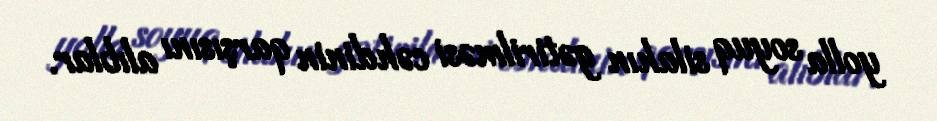
yolla soyuq silahın gətirilməsi cəhdinin qarşısını alıblar.